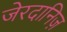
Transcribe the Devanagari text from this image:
जेरदानिज़